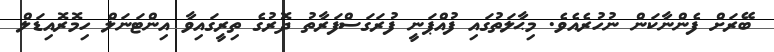
ބޭރަށް ފެންނާކަން ނުހުރެއެވެ. މިޙާލަތުގައި ފުއްޕަނީ ފުރަގަސްފަރާތު ދޮރުގެ ތިރީގައިވާ އިންޓަނަލް ހިމޮރޮއިޑަލް